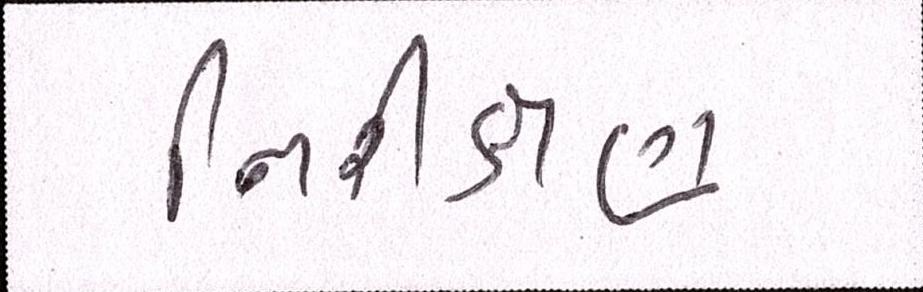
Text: નિરીક્ષણ